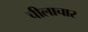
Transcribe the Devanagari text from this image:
चीलाचार